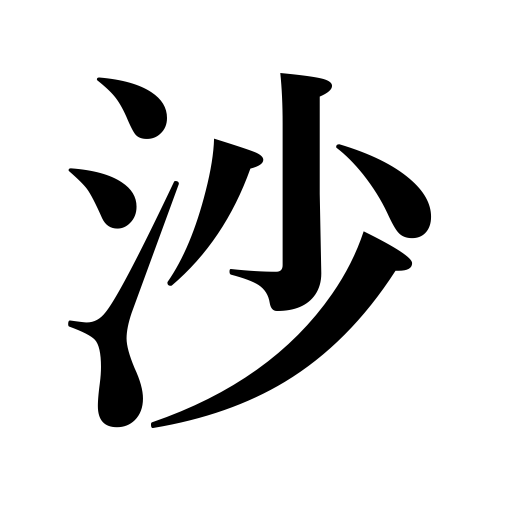
Meanings: sand